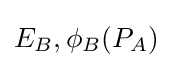
E_{B},\phi _{B}(P_{A})